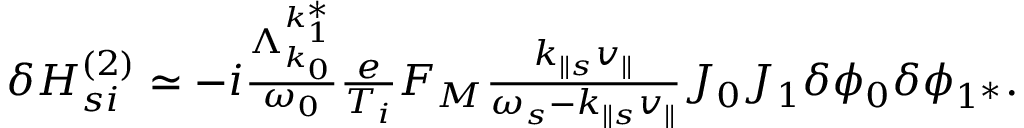
\begin{array} { r } { \delta H _ { s i } ^ { ( 2 ) } \simeq - i \frac { \Lambda _ { k _ { 0 } } ^ { k _ { 1 } ^ { * } } } { \omega _ { 0 } } \frac { e } { T _ { i } } F _ { M } \frac { k _ { \parallel s } v _ { \parallel } } { \omega _ { s } - k _ { \parallel s } v _ { \parallel } } J _ { 0 } J _ { 1 } \delta \phi _ { 0 } \delta \phi _ { 1 ^ { * } } . } \end{array}